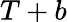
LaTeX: T+b